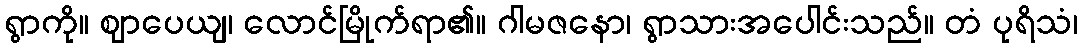
ရွာကို။ ဈာပေယျ၊ လောင်မြိုက်ရာ၏။ ဂါမဇနော၊ ရွာသားအပေါင်းသည်။ တံ ပုရိသံ၊